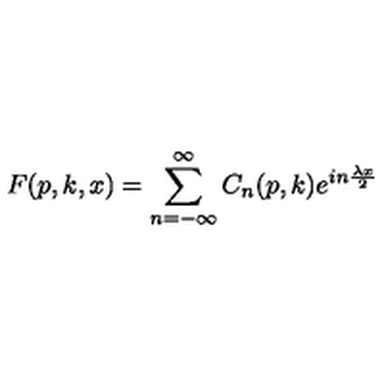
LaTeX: F ( p , k , x ) = \sum _ { n = - \infty } ^ { \infty } C _ { n } ( p , k ) e ^ { i n \frac { \lambda x } { 2 } }